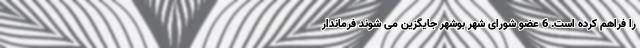
را فراهم کرده است. 6 عضو شورای شهر بوشهر جایگزین می شوند فرماندار